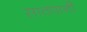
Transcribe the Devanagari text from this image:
सातपानी